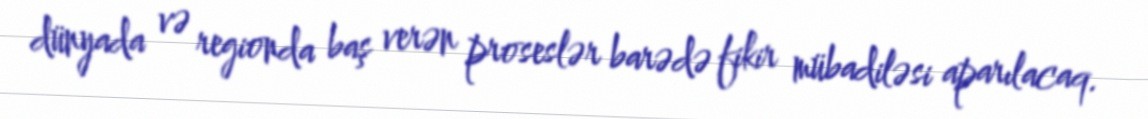
dünyada və regionda baş verən proseslər barədə fikir mübadiləsi aparılacaq.